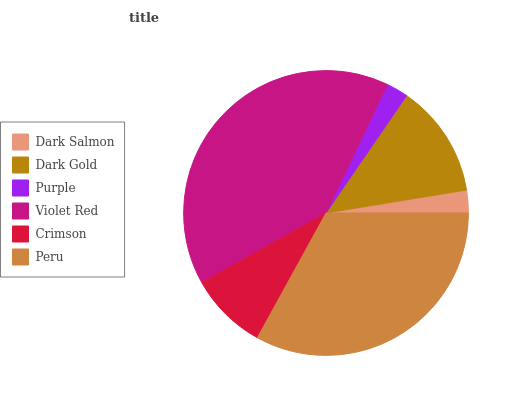
| Dark Salmon | Dark Gold | Purple | Violet Red | Crimson | Peru |
 | --- | --- | --- | --- | --- | --- |
 | 2.58% | 12.8% | 2.48% | 40.3% | 8.85% | 33% |